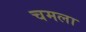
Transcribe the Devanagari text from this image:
चमला